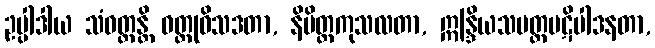
ဥပ္ပါဒါယ သံဝတ္တန္တိ ဝတ္ထုဝိသဒတာ, နိမိတ္တကုသလတာ, ဣန္ဒြိယသမတ္တပဋိပါဒနတာ,